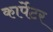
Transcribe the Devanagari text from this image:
कार्पेटर